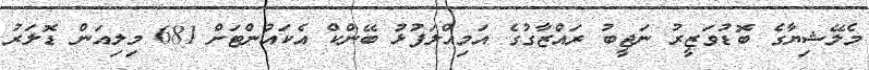
މެލޭޝިޔާގެ ބޮޑުވަޒީރު ނަޖީބު ރައްޒާގުގެ އަމިއްލަފުޅު ބޭންކް އެކައުންޓަށް 681 މިލިއަން ޑޮލަރު